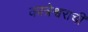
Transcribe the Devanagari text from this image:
कात्रेश्वराची